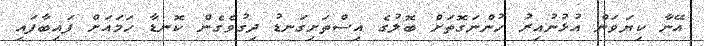
އޭނާ ކިޔަވަން އުޅުނުއިރު ހުންނަގޮތަށް ބޮލުގެ އިސްތަށިގަނޑު ދިގުވެގެން ކޮނޑާ ހަމައަށް ފައިބާފައި